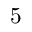
5